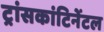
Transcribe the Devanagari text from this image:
ट्रांसकांटिनेंटल